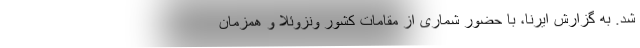
شد. به گزارش ایرنا، با حضور شماری از مقامات کشور ونزوئلا و همزمان